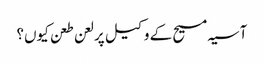
آسیہ مسیح کے وکیل پر لعن طعن کیوں؟